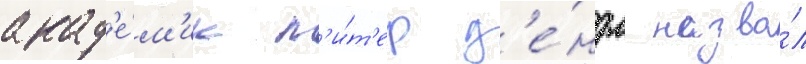
акад'е́м'ик п'и́т'ер д'е́ндл назва́л